Indian Civil Veterinary Department memoirs
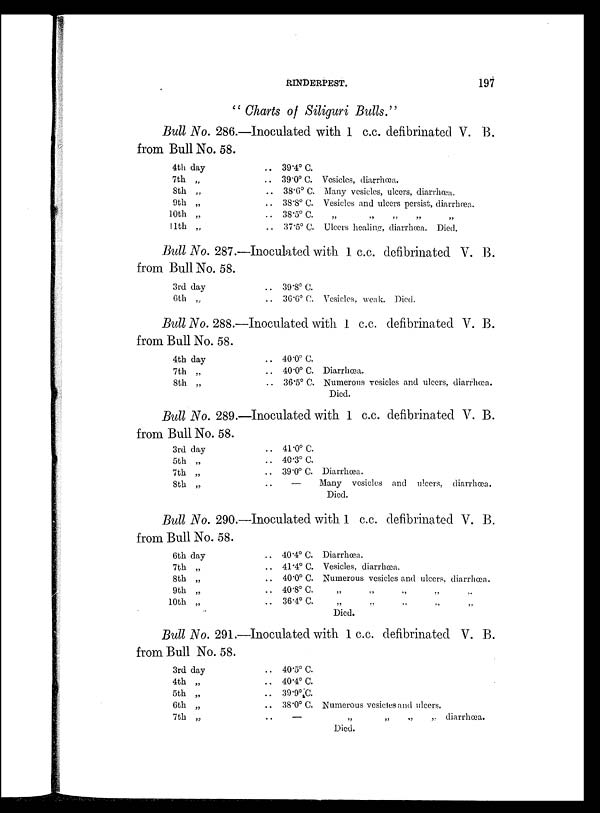
RINDERPEST.
197
" Charts of Siliguri Bulls."
Bull No. 286.—Inoculated with 1 c.c. defibrinated V. B.
from Bull No. 58.
4th day
7th „
8th „
9th „
10th „
11th „
.. 39.4º C.
.. 39.0º C. Vesicles, diarrhœa.
.. 38.0º C. Many vesicles, ulcers, diarrhœa.
.. 38.8º C. Vesicles and ulcers persist, diarrhœa.
.. 38.5º C „ „ „ „
.. 37.5º C. Ulcers healing, diarrhœa. Died.
Bull No. 287.—Inoculated with 1 c.c. defibrinated V. B.
from Bull No. 58.
3rd day
6th „
.. 39.8º C.
.. 36.6º C. Vesicles, weak. Died.
Bull No. 288.—Inoculated with 1 c.c. defibrinated V. B.
from Bull No. 58.
4th day
7th „
8th „
.. 40.0º C.
.. 40.0º C. Diarrhœa.
.. 36.5º C. Numerous vesicles and ulcers, diarrhœa.
Died.
Bull No. 289.—Inoculated with. 1 c.c. defibrinated V. B.
from Bull No. 58.
3rd day
5th „
7th „
8th „
.. 41.0º C.
.. 40.3º C.
.. 39.0º C. Diarrhœa.
—
Many vesicles and ulcers, diarrhœa
Died.
Bull No. 290.—Inoculated with 1 c.c. defibrinated V. B.
from Bull No. 58.
6th day
7th „
8th „
9th „
10th „
.. 40.4º C. Diarrhœa.
.. 41 .4º C. Vesicles, diarrhœa.
.. 40.0º C. Numerous vesicles and ulcers, diarrhœa.
.. 40.8º C. „ „ „ „
.. 36.4º C. „ „ „ „
Died.
Bull No. 291.—Inoculated with 1 c.c. defibrinated V. B.
from Bull No. 58.
3rd day
4th „
5th „
6th „
7th „
.. 40.5º C.
.. 40.4º C.
.. 39.9º C.
.. 38.0º C. Numerous vesicles and ulcers.
.. —
„
„
„
„
diarrhœa.
Died.